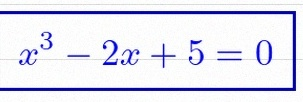
x^3-2x+5=0